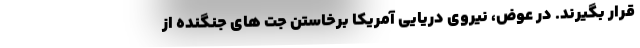
قرار بگیرند. در عوض، نیروی دریایی آمریکا برخاستن جت های جنگنده از